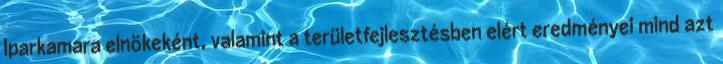
Iparkamara elnökeként, valamint a területfejlesztésben elért eredményei mind azt